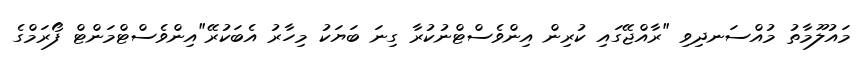
މައުލޫމާތު މުއްސަނދިވި "ރާއްޖޭގައި ކުރިން އިންވެސްޓްނުކުރާ ގިނަ ބަޔަކު މިހާރު އެބަކުރޭ"އިންވެސްޓްމަންޓް ފޯރަމްގެ